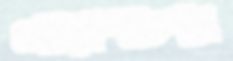
নরেশচন্দ্র